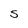
Character: S